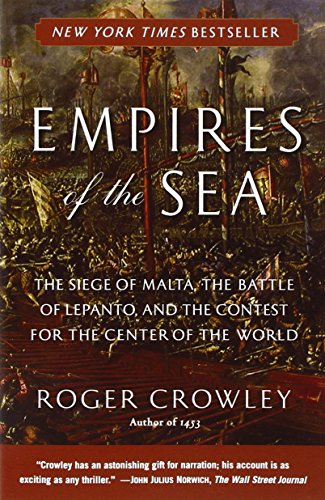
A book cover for Empires of the Sea: The Siege of Malta, the Battle of Lepanto, and the Contest for the Center of the World; Roger Crowley; History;